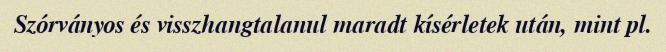
Szórványos és visszhangtalanul maradt kísérletek után, mint pl.